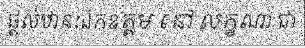
ផ្តល់ឋានៈឯកឧត្តម នៅ លក្ខណា ជា